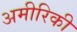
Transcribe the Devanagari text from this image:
अमीरिकी